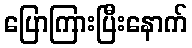
ပြောကြားပြီးနောက်